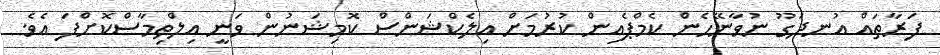
ފަރާތައް އުނދަގޫ ނުވާނޭހެން ކެމްޕެއިން ކުރުމަށް އިލެކްޝަންސް ކޮމިޝަނުން ވަނީ އިލްތިމާސްކޮށްފަ އެވެ.